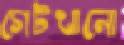
গেটখানো